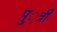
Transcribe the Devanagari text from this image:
पु़़त्री